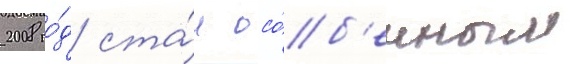
2008 го́д ста́л осо́б'енным